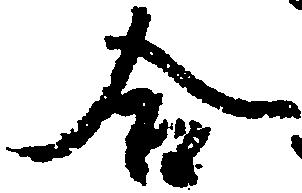
合